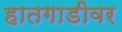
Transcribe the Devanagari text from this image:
हातगाडीवर